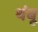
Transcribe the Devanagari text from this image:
थंबू